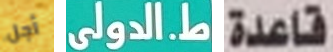
أجل ط.الدولى قاعدة